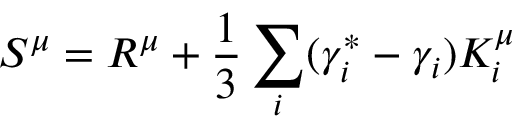
S ^ { \mu } = R ^ { \mu } + \frac { 1 } { 3 } \sum _ { i } ( \gamma _ { i } ^ { \ast } - \gamma _ { i } ) K _ { i } ^ { \mu }